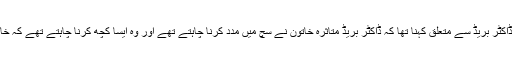
ساتھی ڈاکٹر سارا ہیلر کا ڈاکٹر بریڈ سے متعلق کہنا تھا کہ ڈاکٹر بریڈ متاثرہ خاتون نے سچ میں مدد کرنا چاہتے تھے اور وہ ایسا کچھ کرنا چاہتے تھے کہ خاتون کی زندگی بدل جائے۔